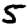
Digit: 5